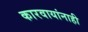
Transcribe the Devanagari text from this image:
कारवायांनाही